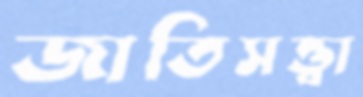
জাতিসত্ত্বা